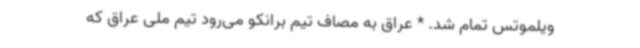
ویلموتس تمام شد. * عراق به مصاف تیم برانکو می‌رود تیم ملی عراق که